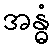
အန္ဓံ